Vaccination in the Punjab 1897-1904 - 1897-1904
Year: 1897
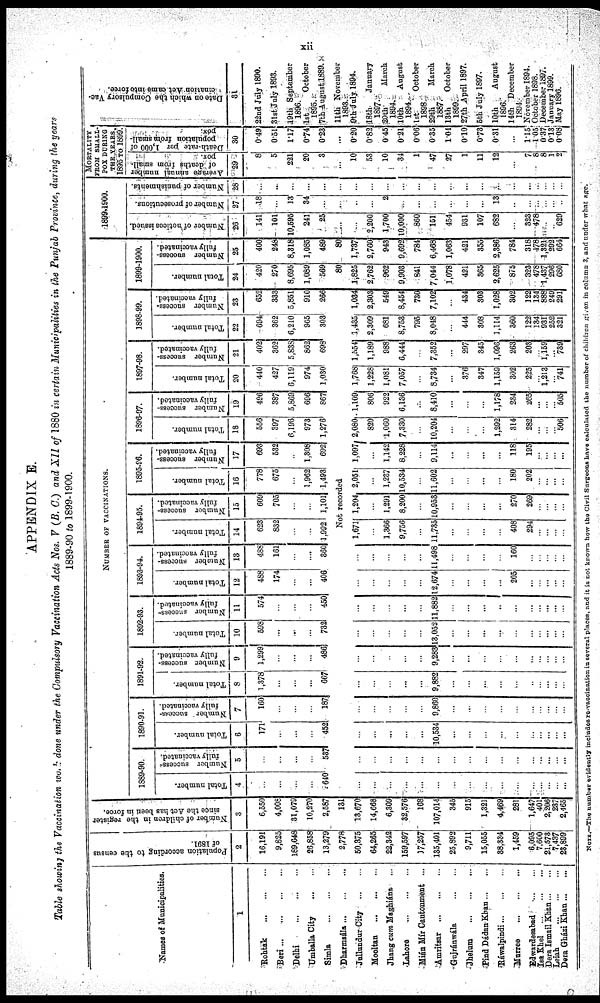
xii
APPENDIX E.
Table showing the Vaccination work done under the Compulsory Vaccination Acts Nos. V (B. C.) and XII of 1880 in certain Municipalities in the Punjab Province, during the years
1889-90 to 1899-1900.
Names of Municipalities.
1
Rohtak
...
...
...
Beri ... ... ...
Delhi
...
...
...
Umballa City ... ... ...
Simla
...
...
...
Dharmsála ... ... ...
Jullundur City ... ... ...
Mooltan
...
...
...
Jhang cum Maghiána ... ... ...
Lahore
...
...
...
Mián Mír Cantonment ...
Amritsar ... ... ...
Gujránwála ... ... ...
Jhelum
...
...
...
Pind Dádan Khan ... ... ...
Ráwalpindi ... ... ...
Murree
...
...
...
Edwardesabad ... ... ...
Isa Khel
...
...
...
Dera Ismail Khan ... ... ...
Leiah
...
...
...
Dera Gházi Khan ... ... ...
Population according to the census
of 1891.
2
16,191
9,825
189,648
26,858
13,279
2,778
50,375
64,265
22,342
159,597
37,257
135,401
25,892
9,711
15,055
38,334
1,459
6,095
7,600
21,573
7,437
23,899
Number of children in the register
since the Act has been in force.
3
6,550
4,008
31,079
10,270
2,587
131
13,670
14,668
6,309
32,576
168
107,014
345
915
1,321
4,469
281
1,647
401
2,206
237
2,465
NUMBER OF VACCINATIONS.
1889-90.
Total number.
4
...
...
...
...
640
Number success-
fully vaccinated.
5
...
...
...
...
537
1890-91.
Total number.
6
171
...
...
...
452
Number success-
fully vaccinated.
7
160
...
...
...
187
1891-92.
Total number.
8
1,378
...
...
...
667
Number success-
fully vaccinated.
9
1,299
...
...
...
486
1892-93.
Total number.
10
598
...
...
...
732
Number success-
fully vaccinated.
11
574
...
...
...
450
1893-94.
Total number.
12
488
174
...
...
406
Number success-
fully vaccinated.
13
488
161
...
...
360
1894-95.
Total number.
14
623
832
...
...
1,992
Number success-
fully vaccinated.
15
609
705
...
...
1,101
1895-96.
Total number.
16
778
675
...
1,962
1,493
Number success-
fully vaccinated.
17
693
532
...
1,308
692
1896-97.
Total number.
18
556
397
6,196
973
1,276
Number success-
fully vaccinated.
19
496
387
5,869
696
867
1897-98.
Total number.
20
440
427
6,119
974
1,030
Number success-
fully vaccinated.
21
402
362
5,838
862
698
1898-99.
Total number.
22
694
362
6,210
965
303
Number success-
fully vaccinated.
23
652
333
5,851
910
266
Not recorded
...
...
...
...
...
...
...
...
...
...
...
...
...
...
...
...
...
...
...
...
...
...
...
...
...
,..
...
...
...
...
...
...
...
...
...
...
...
10,534
...
...
...
...
...
...
...
...
...
...
...
...
...
...
...
9,860
...
...
...
...
...
...
...
...
...
...
...
...
...
...
9,882
...
...
...
...
...
...
...
...
...
...
...
...
...
...
...
9,283
...
...
...
...
...
...
...
...
...
...
...
...
...
...
...
13,052
...
...
...
...
...
...
...
...
...
...
...
...
...
...
...
11,882
...
...
...
...
...
...
...
...
...
...
...
...
...
...
...
12,674
...
...
...
...
205
...
...
...
...
...
...
...
...
...
...
11,498
...
...
...
...
160
...
...
...
...
...
1,671
...
1,366
9,756
...
11,735
...
...
...
...
408
294
...
...
...
...
1,204
...
1,291
8,200
...
10,953
...
...
...
...
270
269
...
...
...
...
2,051
...
1,237
10,534
...
11,602
...
...
...
...
180
202
...
...
...
...
1,097
...
1,142
8,228
...
9,114
...
...
...
...
118
195
...
...
...
...
2,080
820
1,060
7,330
...
10,204
...
...
...
1,292
314
282
...
...
... 506
1,109
806
922
6,136
...
8,410
...
...
...
1,178
234
265
...
...
...
505
1,768
1,228
1,081
7,057
...
8,734
...
376
347
1,159
302
225
...
1,213
... 741
1,554
1,189
988
6,444
...
7,352
...
297
345
1,096
263
203
...
1,159
...
739
1,435
2,309
681
8,753
795
8,048
...
444
308
1,114
360
122
134
931
252
321
1,034
2,303
549
8,454
730
7,102
...
434
303
1,028
302
122
134
888
249
291
1899-1900.
Total number.
24
420
270
8,695
1,089
569
80
1,825
2,762
962
9,903
841
7,044
1,078
421
365
2,625
875
323
478
1,437
296
680
Number success-
fully vaccinated.
25
400
248
8,318
1,085
489
80
1,737
2,760
943
9,692
784
6,468
1,063
421
355
2,386
784
318
478
1,321
292
664
1899-1900.
Number of notices issued.
26
141
101
10,595
241
25
...
...
2,200
1,700
10,000
860
151
454
931
107
682
323
478
...
... 629
Number of prosecutions.
27
18
...
13
34
...
...
...
...
2
...
...
...
...
...
...
13
...
...
...
...
...
...
Number of punishments.
28
...
...
...
...
...
...
...
...
...
...
...
...
...
...
...
...
...
...
...
...
...
...
MORTALITY
FROM SMALL¬
--- DURING
THE YEARS
1895 TO 1899.
Average annual number
of deaths from small-
pox.
29
8
5
221
20
3
...
10
53
10
34
1
47
27
1
11
12
...
7
8
8
1
2
Death-rate per 1,000 of
population from small-
pox.
30
0.49
0.51
1.17
0.74
0.23
...
0.20
0.82
0.45
0.21
0.06
0.35
1.04
0.10
0.73
0.31
...
1.15
l.05
0.37
0.13
0.08
Date on which the Compulsory Vac-
cination Act came into force.
31
22nd July 1890.
31st July 1893,
19th September 1896.
1st
October 1895
7th August 1889.
11th November 1893.
9th July 1894.
18th
January 1897.
20th
March 1894.
10th
August 1894.
1st
October 1898.
29th
March 1887.
13th
October 1899.
27th April 1897.
5th July 1897.
10th
August 1896.
14th December 1894.
November 1894.
October 1898.
December 1897.
January 1899.
May 1896.
NOTE.—The number evidently includes re-vaccination in several places, and it is not known how the Civil Surgeons have calculated the number of children given in column 3, and under what age.